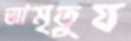
আমৃতুয